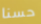
حسنا